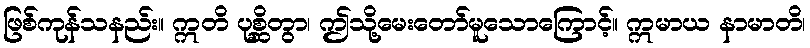
ဖြစ်ကုန်သနည်း။ ဣတိ ပုစ္ဆိတွာ၊ ဤသို့မေးတော်မူသောကြောင့်။ ဣမာယ နာမာတိ၊